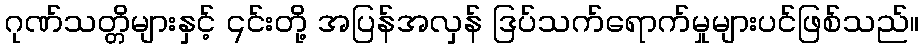
ဂုဏ်သတ္တိများနှင့် ၎င်းတို့ အပြန်အလှန် ဒြပ်သက်ရောက်မှုများပင်ဖြစ်သည်။